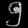
Digit: ၅